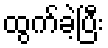
ထွက်ခဲ့ပြီး